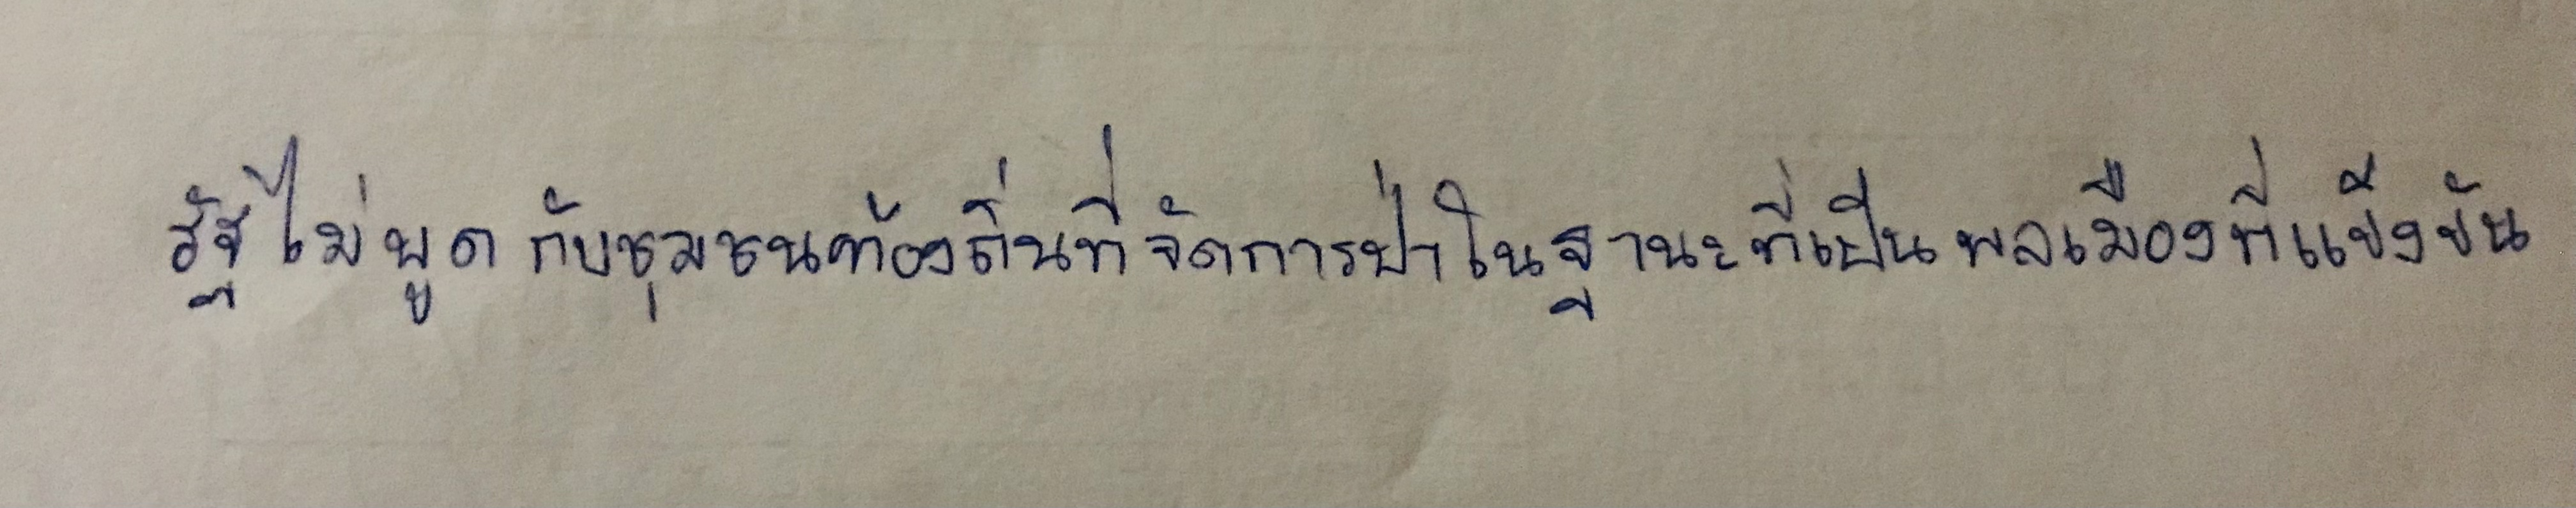
รัฐไม่พูดกับชุมชนท้องถิ่นที่จัดการป่าในฐานะที่เป็นพลเมืองที่แข็งขัน